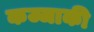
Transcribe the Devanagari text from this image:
कज्जाकी